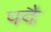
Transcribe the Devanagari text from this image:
पदै